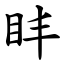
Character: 盽